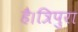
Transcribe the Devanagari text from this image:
है।त्रिपुरा